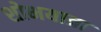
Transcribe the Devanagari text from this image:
शोभयात्रा